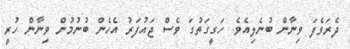
ދެރަވެފަ ވިނާން ބުނެލިއެވެ. ހަގީގަތުގަ ވެސް ޖައުފަރު އެހެން ބުނުމުން ވިނާން ހުރީ